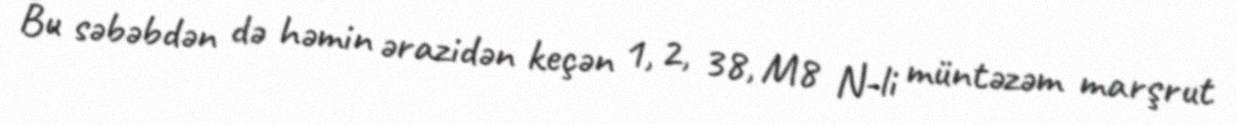
Bu səbəbdən də həmin ərazidən keçən 1, 2, 38, M8 N-li müntəzəm marşrut